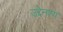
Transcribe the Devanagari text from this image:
उद्देनश्‍य